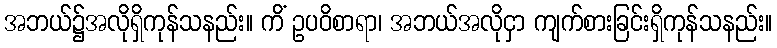
အဘယ်၌အလိုရှိကုန်သနည်း။ ကိံ ဥပဝိစာရာ၊ အဘယ်အလိုငှာ ကျက်စားခြင်းရှိကုန်သနည်း။